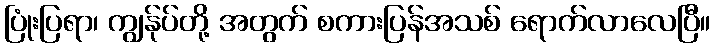
ပြုံးပြရာ၊ ကျွန်ုပ်တို့ အတွက် စကားပြန်အသစ် ရောက်လာလေပြီ။